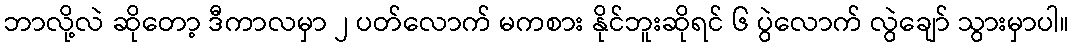
ဘာလို့လဲ ဆိုတော့ ဒီကာလမှာ ၂ ပတ်လောက် မကစား နိုင်ဘူးဆိုရင် ၆ ပွဲလောက် လွဲချော် သွားမှာပါ။